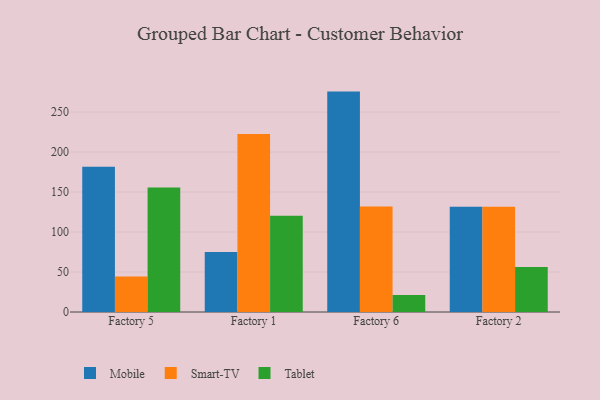
{"axis": {"x": "Factory", "y": "Conversion Rate (%)"}, "legend": ["Mobile", "Smart-TV", "Tablet"], "data": [{"x": "Factory 5", "y": 181.6, "type": "Mobile"}, {"x": "Factory 5", "y": 44.5, "type": "Smart-TV"}, {"x": "Factory 5", "y": 155.6, "type": "Tablet"}, {"x": "Factory 1", "y": 74.9, "type": "Mobile"}, {"x": "Factory 1", "y": 222.6, "type": "Smart-TV"}, {"x": "Factory 1", "y": 120.5, "type": "Tablet"}, {"x": "Factory 6", "y": 275.6, "type": "Mobile"}, {"x": "Factory 6", "y": 132.0, "type": "Smart-TV"}, {"x": "Factory 6", "y": 21.3, "type": "Tablet"}, {"x": "Factory 2", "y": 131.7, "type": "Mobile"}, {"x": "Factory 2", "y": 131.7, "type": "Smart-TV"}, {"x": "Factory 2", "y": 56.3, "type": "Tablet"}]}